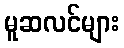
မူဆလင်များ